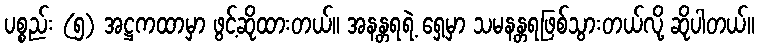
ပစ္စည်း (၅) အဋ္ဌကထာမှာ ဖွင့်ဆိုထားတယ်။ အနန္တရရဲ့ ရှေ့မှာ သမနန္တရဖြစ်သွားတယ်လို့ ဆိုပါတယ်။